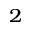
^ { 2 }